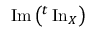
\operatorname { I m } \left( { } ^ { t } \operatorname { I n } _ { X } \right)